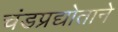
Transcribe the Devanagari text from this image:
चंडप्रद्योताने